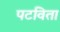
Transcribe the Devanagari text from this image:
पटविता